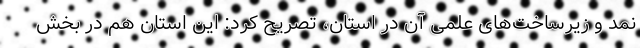
نمد و زیرساخت‌های علمی آن در استان، تصریح کرد: این استان هم در بخش